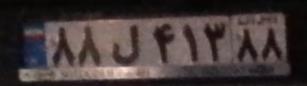
۸۸ل۴۱۳۸۸